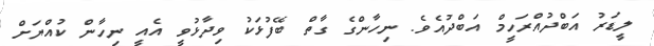
ލީޑަރު އަބްދުއްރަހީމް އަބްދުއެވެ. ނިހާންގެ ގާތް ބޭފުޅަކު ވިދާޅުވީ އެއީ ނިހާން ކުއްޔަށް